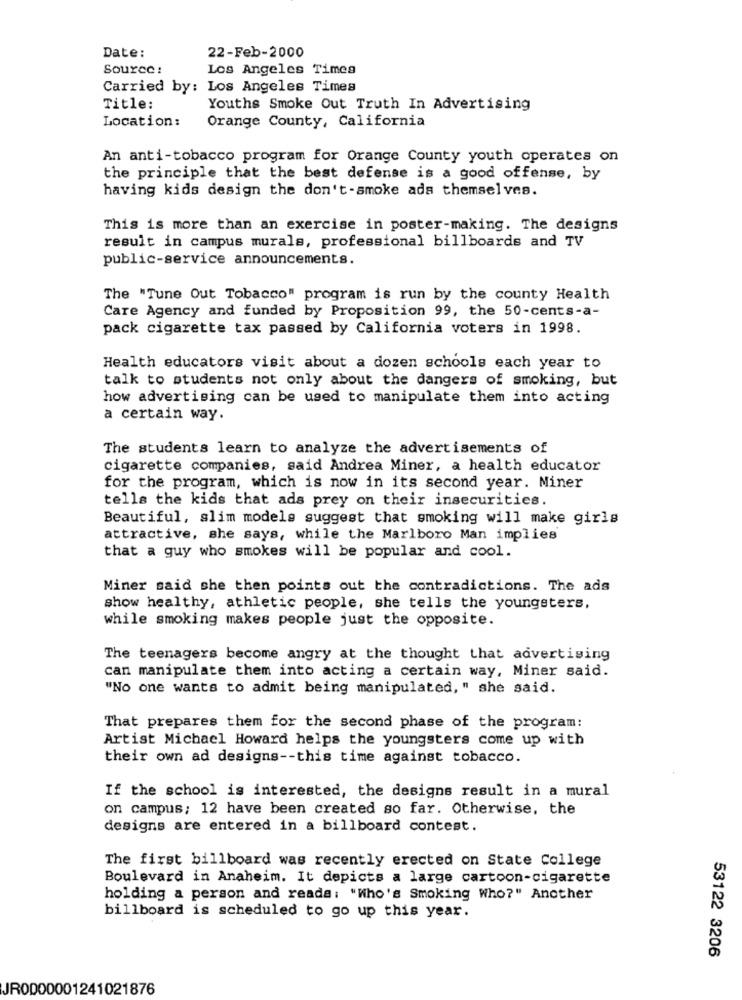
Date:
22-Feb-2000
Source :
Los Angeles Times
Carried by: Los Angeles Times
Title:
Youths Smoke Out Truth In Advertising
Location:
Orange County, California
An anti-tobacco program for Orange County youth operates on
the principle that the best defense is a good offense, by
having kids design the don't-smoke ada themselves.
This is more than an exercise in poster-making. The designs
result in campus murals, professional billboards and TV
public-service announcements.
The "Tune Out Tobacco" program is run by the county Health
Care Agency and funded by Proposition 99, the 50-cents-a-
pack cigarette tax passed by California voters in 1998.
Health educators visit about a dozen schools each year to
talk to students not only about the dangers of smoking, but
how advertising can be used to manipulate them into acting
a certain way.
The students learn to analyze the advertisements of
cigarette companies, said Andrea Miner, a health educator
for the program, which is now in its second year. Miner
tells the kids that ads prey on their insecurities.
Beautiful, slim models suggest that smoking will make girls
attractive, she says, while the Marlboro Man implies
that a guy who smokes will be popular and cool.
Miner said she then points out the contradictions. The ads
show healthy, athletic people, she tells the youngsters,
while smoking makes people just the opposite.
The teenagers become angry at the thought that advertising
can manipulate them into acting a certain way, Miner said.
"No one wants to admit being manipulated, " she said.
That prepares them for the second phase of the program:
Artist Michael Howard helps the youngsters come up with
their own ad designs -- this time against tobacco.
If the school is interested, the designs result in a mural
on campus; 12 have been created so far. Otherwise, the
designs are entered in a billboard contest.
The first billboard was recently erected on State College
Boulevard in Anaheim. It depicts a large cartoon-cigarette
holding a person and reada: "Who's Smoking Who?" Another
billboard is scheduled to go up this year.
53122 3206
JR0000001241021876